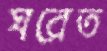
ঘরেত